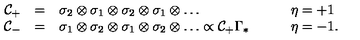
\begin{array} { r c l l } { { \cal C } _ { + } } & { = } & { \sigma _ { 2 } \otimes \sigma _ { 1 } \otimes \sigma _ { 2 } \otimes \sigma _ { 1 } \otimes \ldots \qquad } & { \eta = + 1 \nonumber } \\ { { \cal C } _ { - } } & { = } & { \sigma _ { 1 } \otimes \sigma _ { 2 } \otimes \sigma _ { 1 } \otimes \sigma _ { 2 } \otimes \ldots \propto { \cal C } _ { + } \Gamma _ { * } \qquad } & { \eta = - 1 . } \\ \end{array}